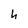
Character: h